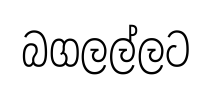
බගලල්ලට